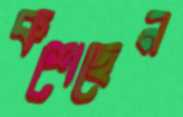
কশেছেন